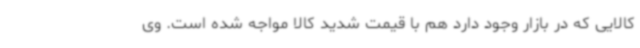
کالایی که در بازار وجود دارد هم با قیمت شدید کالا مواجه شده است. وی